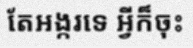
តែអង្ករទេ អ្វីក៏ចុះ